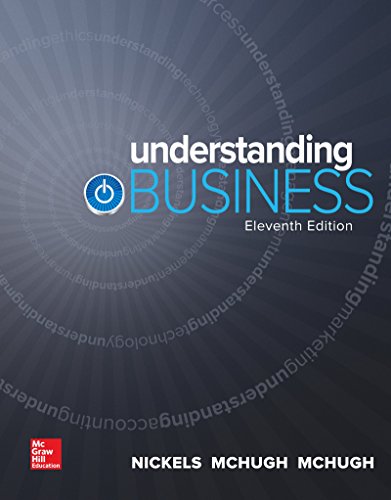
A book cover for Understanding Business; William Nickels; Business & Money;